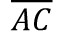
\overline { { A C } }